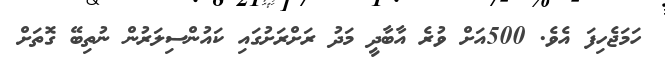
ހަމަޖެހިފަ އެވެ. 500އަށް ވުރެ އާބާދީ މަދު ރަށްރަށުގައި ކައުންސިލަރުން ނުތިބޭ ގޮތަށް